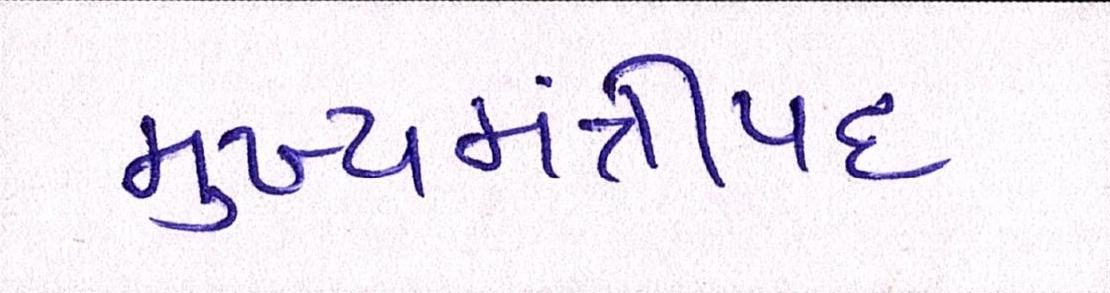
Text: મુખ્યમંત્રીપદ